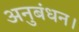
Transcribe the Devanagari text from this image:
अनुबंधन।